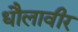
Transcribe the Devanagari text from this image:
धौलावीर